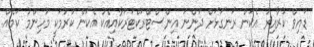
ޑައިވް ކުރާއިރު އެކަން ރަނގަޅަށް ދަންނަ އިންސްޓްރަކްޓަރަކާއިއެކު އެކަން ކުރުމަކީ މުހިންމު ކަމެއް.